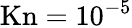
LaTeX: \mathrm{Kn}=10^{-5}